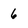
Character: 6